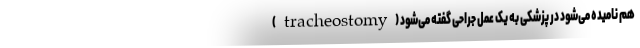
(tracheostomy) هم نامیده می‌شود در پزشکی به یک عمل جراحی گفته می‌شود